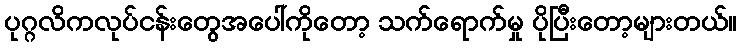
ပုဂ္ဂလိကလုပ်ငန်းတွေအပေါ်ကိုတော့ သက်ရောက်မှု ပိုပြီးတော့များတယ်။